Vital statistics of India. Vol. IV, Annual returns from 1871 to 1876. British Army of India, Native Army and jails of Bengal
Year: 1871
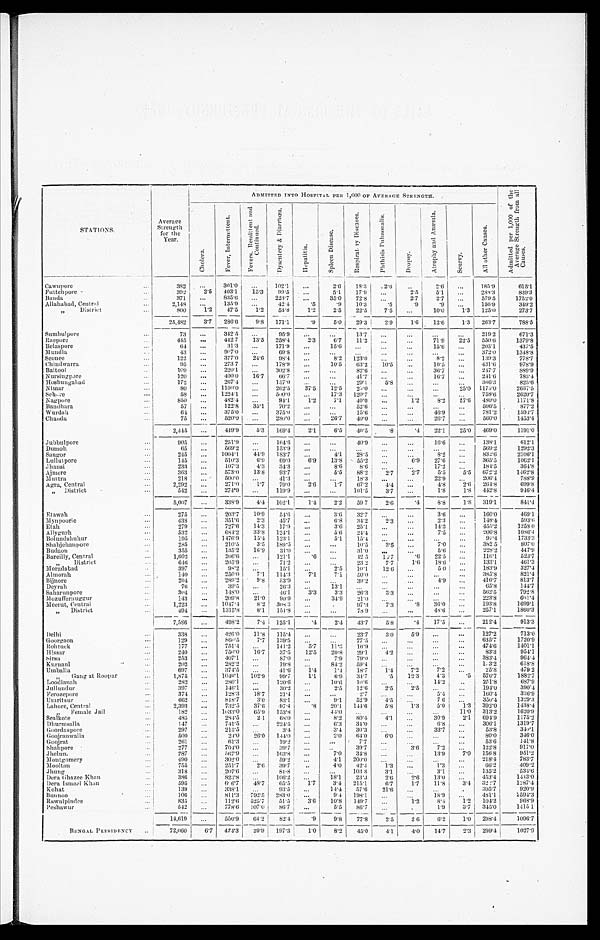
STATIONS.
Average
Strength
for the
Year.
ADMITTED INTO HOSPITAL PER 1,000 OF AVERAGE STRENGTH.
A d m i t t e d p e r 1 , 0 0 0 o f t h e
A v e r a g e S t r e n g t h f r o m a l lC
a u s e s .
C h o l e r a .
F e v e r , I n t e r m i t t e n t .
F e v e r s , R e m i t t e n t a n d
C o n t i n u e d .
D y s e n t e r y & D i a r r h œ a .
H e p a t i t i s .
S p l e e n D i s e a s e .
R e s p i r a t o r y D i s e a s e s .
P h t h i s i s P u l m o n a l i s .
D r o p s y .
A t r o p h y a n d A n æ m i a .
S c u r v y .
A l l o t h e r C a u s e s .
Cawnpore
382
301.0
102.1
2.6 18.3
2.6
2.6
185.9
6 1 5 . 1
Futtehpore
392
2.5 403. 1 15.3 99.5
5.1 17.9
2 . 5 5. 1
288.3
839. 3
Banda
371
835.6
223.7
35.0 72.8
2.7 2.7
579.5
1752. 0
Allahabad, Central
2,148
135.9
42.4
.5
.9 10.3
. 5 .9
. 9
156.9
349. 2
„
D i s t r i c t
800
1.2 47.5 1.2 53.8
1.2 2.5 22.5 7.5
10.0 1.3 125.0
273. 7
25,482
3.7 286.6 9.8 171.1
. 9 5.0 29.3 2.9 1.6 12.6
1 . 3 263.7
788. 5
Sumbulpore
73
342.5
95.9
13.7
219.2
671. 3
Raepore
4 4 5
442.7 13.5 258.4
2.3 6.7 11.2
71.9 22.5 550.6
1379. 8
Belaspore
64
31.3
171.9
15.6
15.6
203.1
437. 5
Mundla
43
907.0
69.8
372.0
1348. 8
Seonee
122
377.0 24.6 98.4
8.2 123.0
8 . 2
139.3
778. 7
Chindwarra
95
273.7
178.9
10.5 63.2 10.5
10.5
4 3 1 . 6
978. 9
Baitool
109
220.1
302.8
82.6
36.7
247.7
889. 9
Nursingpore
120
400.0 16.7 66.7
41.7
16.7
241.6
783.4
Hoshungabad
172
267.4
157.0
29.1
5.8
366.3
825.6
Nimar
80
1100.0
262.5 37.5 12.5 25.0
25.0 1175.0
2637.5
Sehore
58
1224.1
500.0
17.3 120.7
758.6
2620.7
Nagpore
850
482.4
94.1
1.2 7.1 40.0
1.2
8.2
5 7 . 6 480.0
1171.8
Bandhara
57
122.8 35.1 70.2
52.6
596.5
877.2
Wurdah
64
375.0
375.0
15.6
46.9
781.2
1593.7
Chanda
75
520.0
280.0
26.7 40.0
26.7
560.0
1453.4
2,445
449.9 5.3 169.4
2.1 6.5 40.5
.8
.4 22.1 25.0 469.0
1191.0
Jubbulpore
905
251.9
164.6
40.9
16.6
138.1
612.1
Dumoh
65
569.2
153.9
569.2
1292.3
Saugor
245
1004.1
4 4 . 9 183.7
4.1 28.5 8.2
832.6
2106.1
Lullutpore
145
510.3 6.9 69.0
6.9 13.8 55.2
6.9 27.6
365.5
1062.1
Jhansi
233
107.3 4.3 34.3
8.6 8.6
17.2
184.5
364.8
Ajmere
363
573.0 13.8 93.7
5 . 5 88.2 2.7 2.7 5.5 5.5 672.2
1462.8
Muttra
218
500.0
41.3
18.3
22.9
206.4
788.9
Agra, Central
2,292
271.0
1.7 79.0
2.6 1.7 67.2 4.4
4.8
2.6
2 6 4 . 8
699.8
„ District
542
274.9
119.9
101.5
3.7
1.8 1.8 442.8
9 4 6 . 4
5,007
338.9 4.4 102.1
1.4 2.2 59.7 2.6
.4
8.8 1.8 319.1
841.4
Etawah
275
203.7 10.9 54.6
3 . 6 32.7
3.6
160.0
469.1
Mynpoorie
438
351.6 2.3 45.7
6.8 34.2 2.3
2.3
148.4
593.6
Etah
279
727.6 14.3 17.9
3.6 25.1
14.3
455.2
1258.0
Allygurh
532
684.2 33.8 124.1
5.6 24.4
7.5
206.8
1086.4
Bolundshuhur
195
1476.9 15.4 123.1
5.1 15.4
97.4
1733.3
Shahjehanpore
285
210.5 3.5 189.5
10.5 3.5
7.0
382.5
807.0
Budaon
355
135.2 16.9 31.0
31.0
5.6
228.2
447.9
Bareilly, Central
1,602
206.6
121.1
. 6
42.5
1 6 . 7 .6 22.5
116.1
523.7
„ District
646
205.9
71.2
23.2 7.7
1.6 18.6
133.1
461.3
Moradabad
397
98.2
15.1
2.5 10.1 12.6
5.0
183.9
327.4
Almorah
140
250.0 7.1 114.3
7.1 7.1 50.0
385.8
821.4
Bijnore
204
289.2 9.8 53.9
39.2
4.9
416.7
813.7
Deyrah
76
39.5
26.3
13.1
65.8
144.7
Saharunpore
304
148.0
46.1
3.3 3.3 26.3 3.3
562.5
792.8
Mozuffernuggur
143
209.8 21.0 90.9
34.9 21.0
223.8
601.4
Meerut, Central
1,223
1047.4 8.2 308.3
97.3 7.3
.8 36.0
193.8
1699.1
„ District
494
1315.8
8.1 151.8
78.9
48.6
257.1
1860.3
7,586
498.2 7.4 125.1
. 4 2.4 43.7 5.8 .4 17.5
212.4
913.3
Delhi
338
426.0 11.8 115.4
23.7 3.0 5.9
127.2
713.0
Goorgaon
129
860.5 7.7 139.5
77.5
635.7
1720.9
Rohtuck
177
751.4
141.2
5.7 11.3 16.9
474.6
1401.1
Hissar
240
750.0 16.7 37.5 12.5 20.8 29.1 4.2
83.3
954.1
Sirsa
253
407.1
87.0
7.9 79.0
383.4
964.4
Kurnaul
202
282.2
19.8
84.2 59.4
13.2
618.8
Umballa
697
374.5
41.6
1.4 1.4 18.7 1.4
7.2 7.2
25.8
479.2
„ Gang at Roopar
1,875
1049.1 102.9 99.7
1.1 6.9 34.7
.5 12.3 4.3
.5 570.7
1882.7
Loodianah
282
280.1
120.6
10.6 10.6
14.2
251.8
687.9
Jullundur
397
146.1
30.2
2.5 12.6 2.5 2.5
194.0
390.4
Ferozepore
374
128.3 18.7 21.4
2.7
5.4
160.4
336.9
Umritsur
662
818.7 3.0 83.1
9.1 52.9 4.5
7.6
350.4
1329.3
Lahore, Central
2,393
732.5 37.6 97.4
.8 20.1 144.6 5.8 1.3 5.0 1.3 392.0
1438.4
„ Female Jail
182
1 0 3 3 . 0 65.9 153.8
44.0
11.0 313.2
1620.9
Sealkote
485
284.5 2.1 68.0
8.2 80.4 4.1
30.9 2.1 694.9
1175.2
Dhurmsalla
147
741.5
224.5
6.3 34.0
6.8
306.1
1319.7
Goordaspore
297
215.5
3.4
3.4 30.3
33.7
53.8
340.1
Goojranwalla
500
24.0 26.0 144.0
2.0 64.0 6.0
80.0
346.0
Goojrat
261
61.3
19.2
7.7
53.6
141.8
Shahpore
277
704.0
39. 7
39.7
3.6
7 . 2
122.8
917.0
Jhelum
287
567.9
163.8
7.0 34.8
13.9 7.0 156.8
951.2
Montgomery
490
302.0
59.2
4.1 200.0
218.4
783.7
Mooltan
755
251.7 2.6 39.7
4.0 42.4 1.3
1.3
66.2
409.2
Jhung
318
207.6
81.8
103.8 3.1
3.1
135.2
534.6
Dera Ghazee Khan
386
823.8
106.2
18.1 23.3 2.6 2.6 13.0
453.4
1443.0
Dera Ismael Khan
595
66.7 48.7 65.5
1.7 3.4 215.1 6.7 1.7 11.8
3.4 322.7
1287.4
Kohat
139
338.1
93.5
14.4 57.6 21.6
395.7
920.9
Bunnoo
106
811.3 792.5 283.0
9.4 198.1
18.9
481.1
2594.3
Rawulpindee
835
112.6 525.7 51.5
3.6 10.8 149.7
1.2 8.4 1.2 104.2
968.9
Peshawur
542
778.6 107.0 86.7
5.5 86.7
1.9 3.7 345.0
1415.1
14,619
550.9 64.2 82.4
.9
9.8 77.8 2.5 2.6 6.2 1.0 298.4
1096.7
B E N G A L P R E S I D E N C Y
72,060
6.7 424.3 20.9 197.3 1.0 8.2 45.0 4.1 4 . 0
14.7 2.3 299.4 1027.9